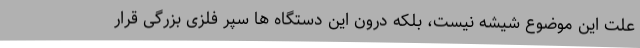
علت این موضوع شیشه نیست، بلکه درون این دستگاه ها سپر فلزی بزرگی قرار